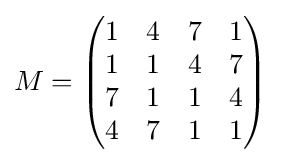
M={\begin{pmatrix}1&4&7&1\\1&1&4&7\\7&1&1&4\\4&7&1&1\end{pmatrix}}